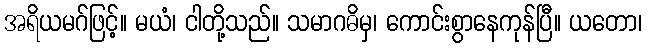
အရိယမဂ်ဖြင့်။ မယံ၊ ငါတို့သည်။ သမာဂဓိမှ၊ ကောင်းစွာနေကုန်ပြီ။ ယတော၊